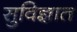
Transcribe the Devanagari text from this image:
सुविज्ञात